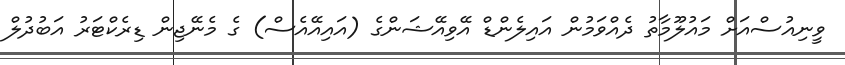
ވީނިއުސްއަށް މައުލޫމާތު ދެއްވަމުން އައިލެންޑް އޭވިއޭޝަންގެ (އައިއޭއެސް) ގެ މެނޭޖިން ޑިރެކްޓަރު އަބުދުލް